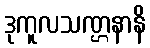
ဒုကူလသဏ္ဌနာနိ